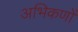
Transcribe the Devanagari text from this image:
अभिकणों